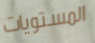
المستويات